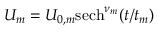
U _ { m } = U _ { 0 , m } \mathrm { { s e c h } } ^ { \nu _ { m } } ( t / t _ { m } )